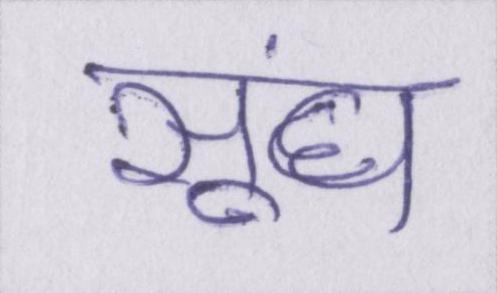
सूंघ